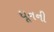
ધૂનની